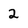
Character: 2